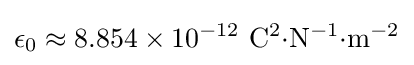
\epsilon _{0}\approx \mathrm {8.854\times 10^{-12}~C^{2}{\cdot }N^{-1}{\cdot }m^{-2}}